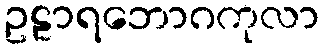
ဥဠာရဘောဂကုလာ